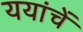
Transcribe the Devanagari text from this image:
ययांचें